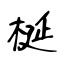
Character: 梴